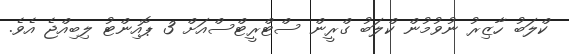
ކްލަބު ހާޒިރު ނުވުމުން ކްލަބު ގްރީން ސްޓްރީޓްސްއަށް 3 ޕޮއިންޓު ލިބިއްޖެ އެވެ.